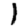
Digit: 1